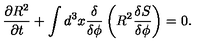
\frac { \partial R ^ { 2 } } { \partial t } + \int d ^ { 3 } x \frac { \delta } { \delta \phi } \left( R ^ { 2 } \frac { \delta S } { \delta \phi } \right) = 0 .